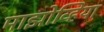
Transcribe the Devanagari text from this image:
माझोव्हिया